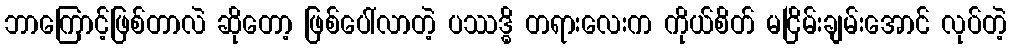
ဘာကြောင့်ဖြစ်တာလဲ ဆိုတော့ ဖြစ်ပေါ်လာတဲ့ ပဿဒ္ဓိ တရားလေးက ကိုယ်စိတ် မငြိမ်းချမ်းအောင် လုပ်တဲ့